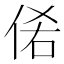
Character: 𰂊